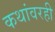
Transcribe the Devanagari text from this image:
कथांवरही